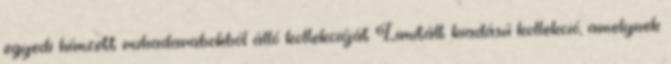
egyedi hímzett ruhadarabokból álló kollekcióját Limitált kiadású kollekció, amelynek